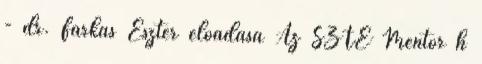
- dr. Farkas Eszter előadása Az SZTE Mentor h